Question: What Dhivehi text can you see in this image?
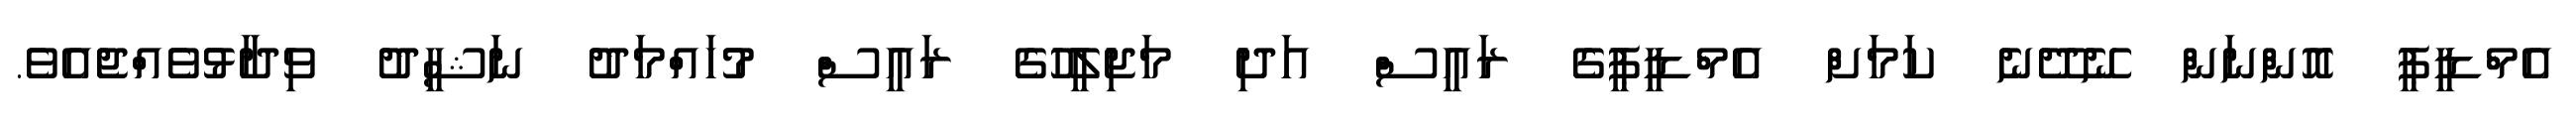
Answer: އެމްޑީޕީ އޮންނަން ނޭދޭނެ ކަމަށް އެމްޑީޕީގެ ރައީސް އަދި މަޖިލީހުގެ ރައީސް މުހައްމަދު ނަޝީދު ވިދާޅުވެއްޖެއެވެ.